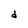
Character: d